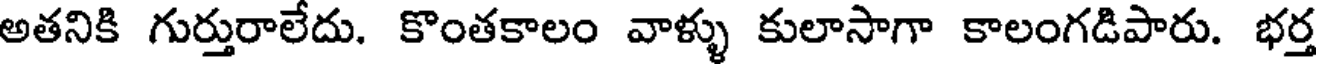
అతనికి గుర్తురాలేదు. కొంతకాలం వాళ్ళు కులాసాగా కాలంగడిపారు. భర్త